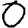
Digit: 0